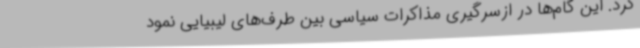
کرد. این گام‌ها در ازسرگیری مذاکرات سیاسی بین طرف‌های لیبیایی نمود